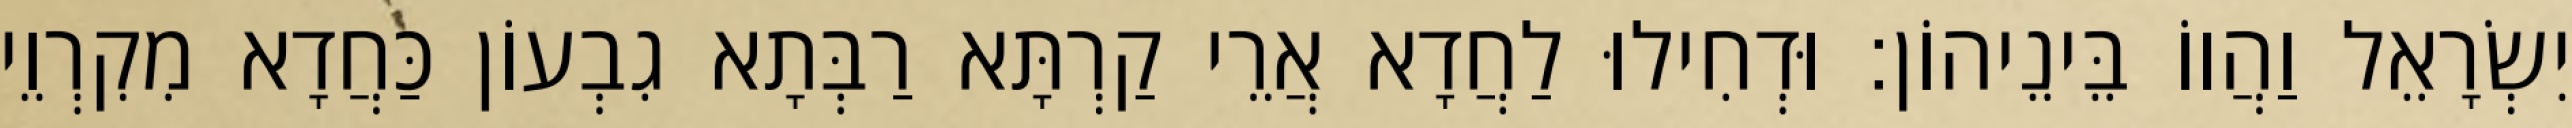
יִשְׂרָאֵל וַהֲווֹ בֵּינֵיהוֹן׃ וּדְחִילוּ לַחֲדָא אֲרֵי קַרְתָּא רַבְּתָא גִבְעוֹן כַּחֲדָא מִקִרְוֵי